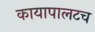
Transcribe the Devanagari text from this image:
कायापालटच